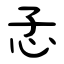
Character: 孞